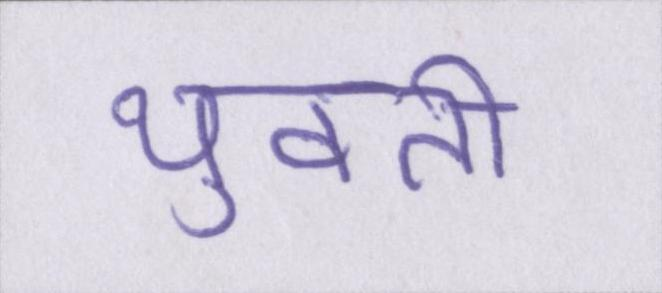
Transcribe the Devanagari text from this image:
युवती